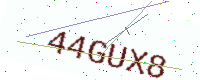
Text: 44GUX8